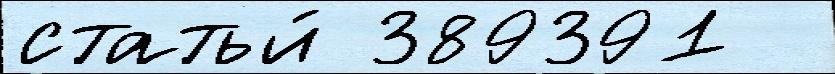
статьи́ 389391